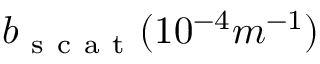
b _ { \mathrm { ~ s ~ c ~ a ~ t ~ } } ( 1 0 ^ { - 4 } m ^ { - 1 } )